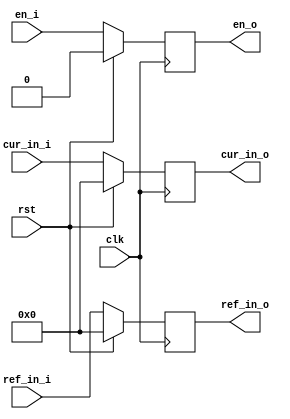
// +FHDR-------------------------------------------------------------------
// TYPE: module
// DEPARTMENT:
// AUTHOR'S EMAIL: henry_liu@sjtu.edu.cn
// ------------------------------------------------------------------------
// KEYWORDS:
// ------------------------------------------------------------------------
// PARAMETERS
//
// ------------------------------------------------------------------------
// REUSE ISSUES
// Reset Strategy: Synchronous & High valid
// Clock Domains: Global
// Critical Timing: ~
// Test Features: ~
// Asynchronous I/F: ~
// Scan Methodology: ~
// Instantiations: ~
// -FHDR-------------------------------------------------------------------

module ME_input_buffer_highBW (
    input             clk     ,
    input             rst     ,
    input             en_i    ,
    input      [63:0] cur_in_i,
    input      [63:0] ref_in_i,
    output reg        en_o    ,
    output reg [63:0] cur_in_o,
    output reg [63:0] ref_in_o
);
    always @(posedge clk) begin
        if (rst) begin
            en_o     <= 0;
            cur_in_o <= 0;
            ref_in_o <= 0;
        end
        else begin
            en_o     <= en_i;
            cur_in_o <= cur_in_i;
            ref_in_o <= ref_in_i;
        end
    end

endmodule